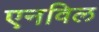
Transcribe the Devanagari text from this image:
एनविल